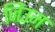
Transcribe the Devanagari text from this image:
जिउम